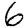
Digit: 6